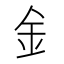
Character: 釒